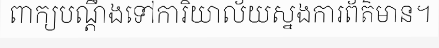
ពាក្យបណ្តឹងទៅការិយាល័យស្នងការព័ត៌មាន។